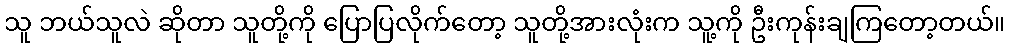
သူ ဘယ်သူလဲ ဆိုတာ သူတို့ကို ပြောပြလိုက်တော့ သူတို့အားလုံးက သူ့ကို ဦးကုန်းချကြတော့တယ်။